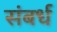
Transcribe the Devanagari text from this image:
संबर्ध